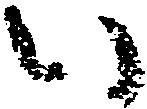
い